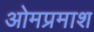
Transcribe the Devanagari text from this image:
ओमप्रमाश